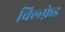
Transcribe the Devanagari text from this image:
विल्फ़ेड